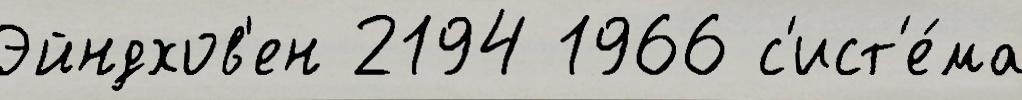
Эйндхов'ен 2194 1966 с'ист'е́ма